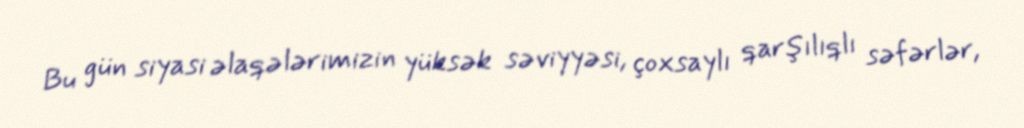
Bu gün siyasi əlaqələrimizin yüksək səviyyəsi, çoxsaylı qarşılıqlı səfərlər,